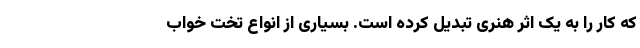
که کار را به یک اثر هنری تبدیل کرده است. بسیاری از انواع تخت خواب